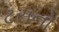
ટસનો